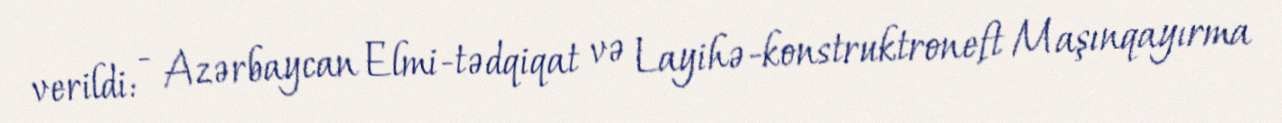
verildi: - Azərbaycan Elmi-tədqiqat və Layihə-konstruktroneft Maşınqayırma